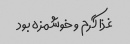
غذا گرم و خوشمزه بود